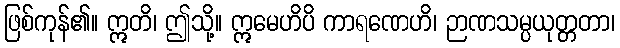
ဖြစ်ကုန်၏။ ဣတိ၊ ဤသို့။ ဣမေဟိပိ ကာရဏေဟိ၊ ဉာဏသမ္ပယုတ္တတာ၊